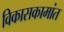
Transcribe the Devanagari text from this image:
विकासकामांत